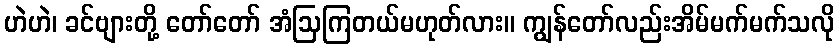
ဟဲဟဲ၊ ခင်ဗျားတို့ တော်တော် အံဩကြတယ်မဟုတ်လား။ ကျွန်တော်လည်းအိမ်မက်မက်သလို